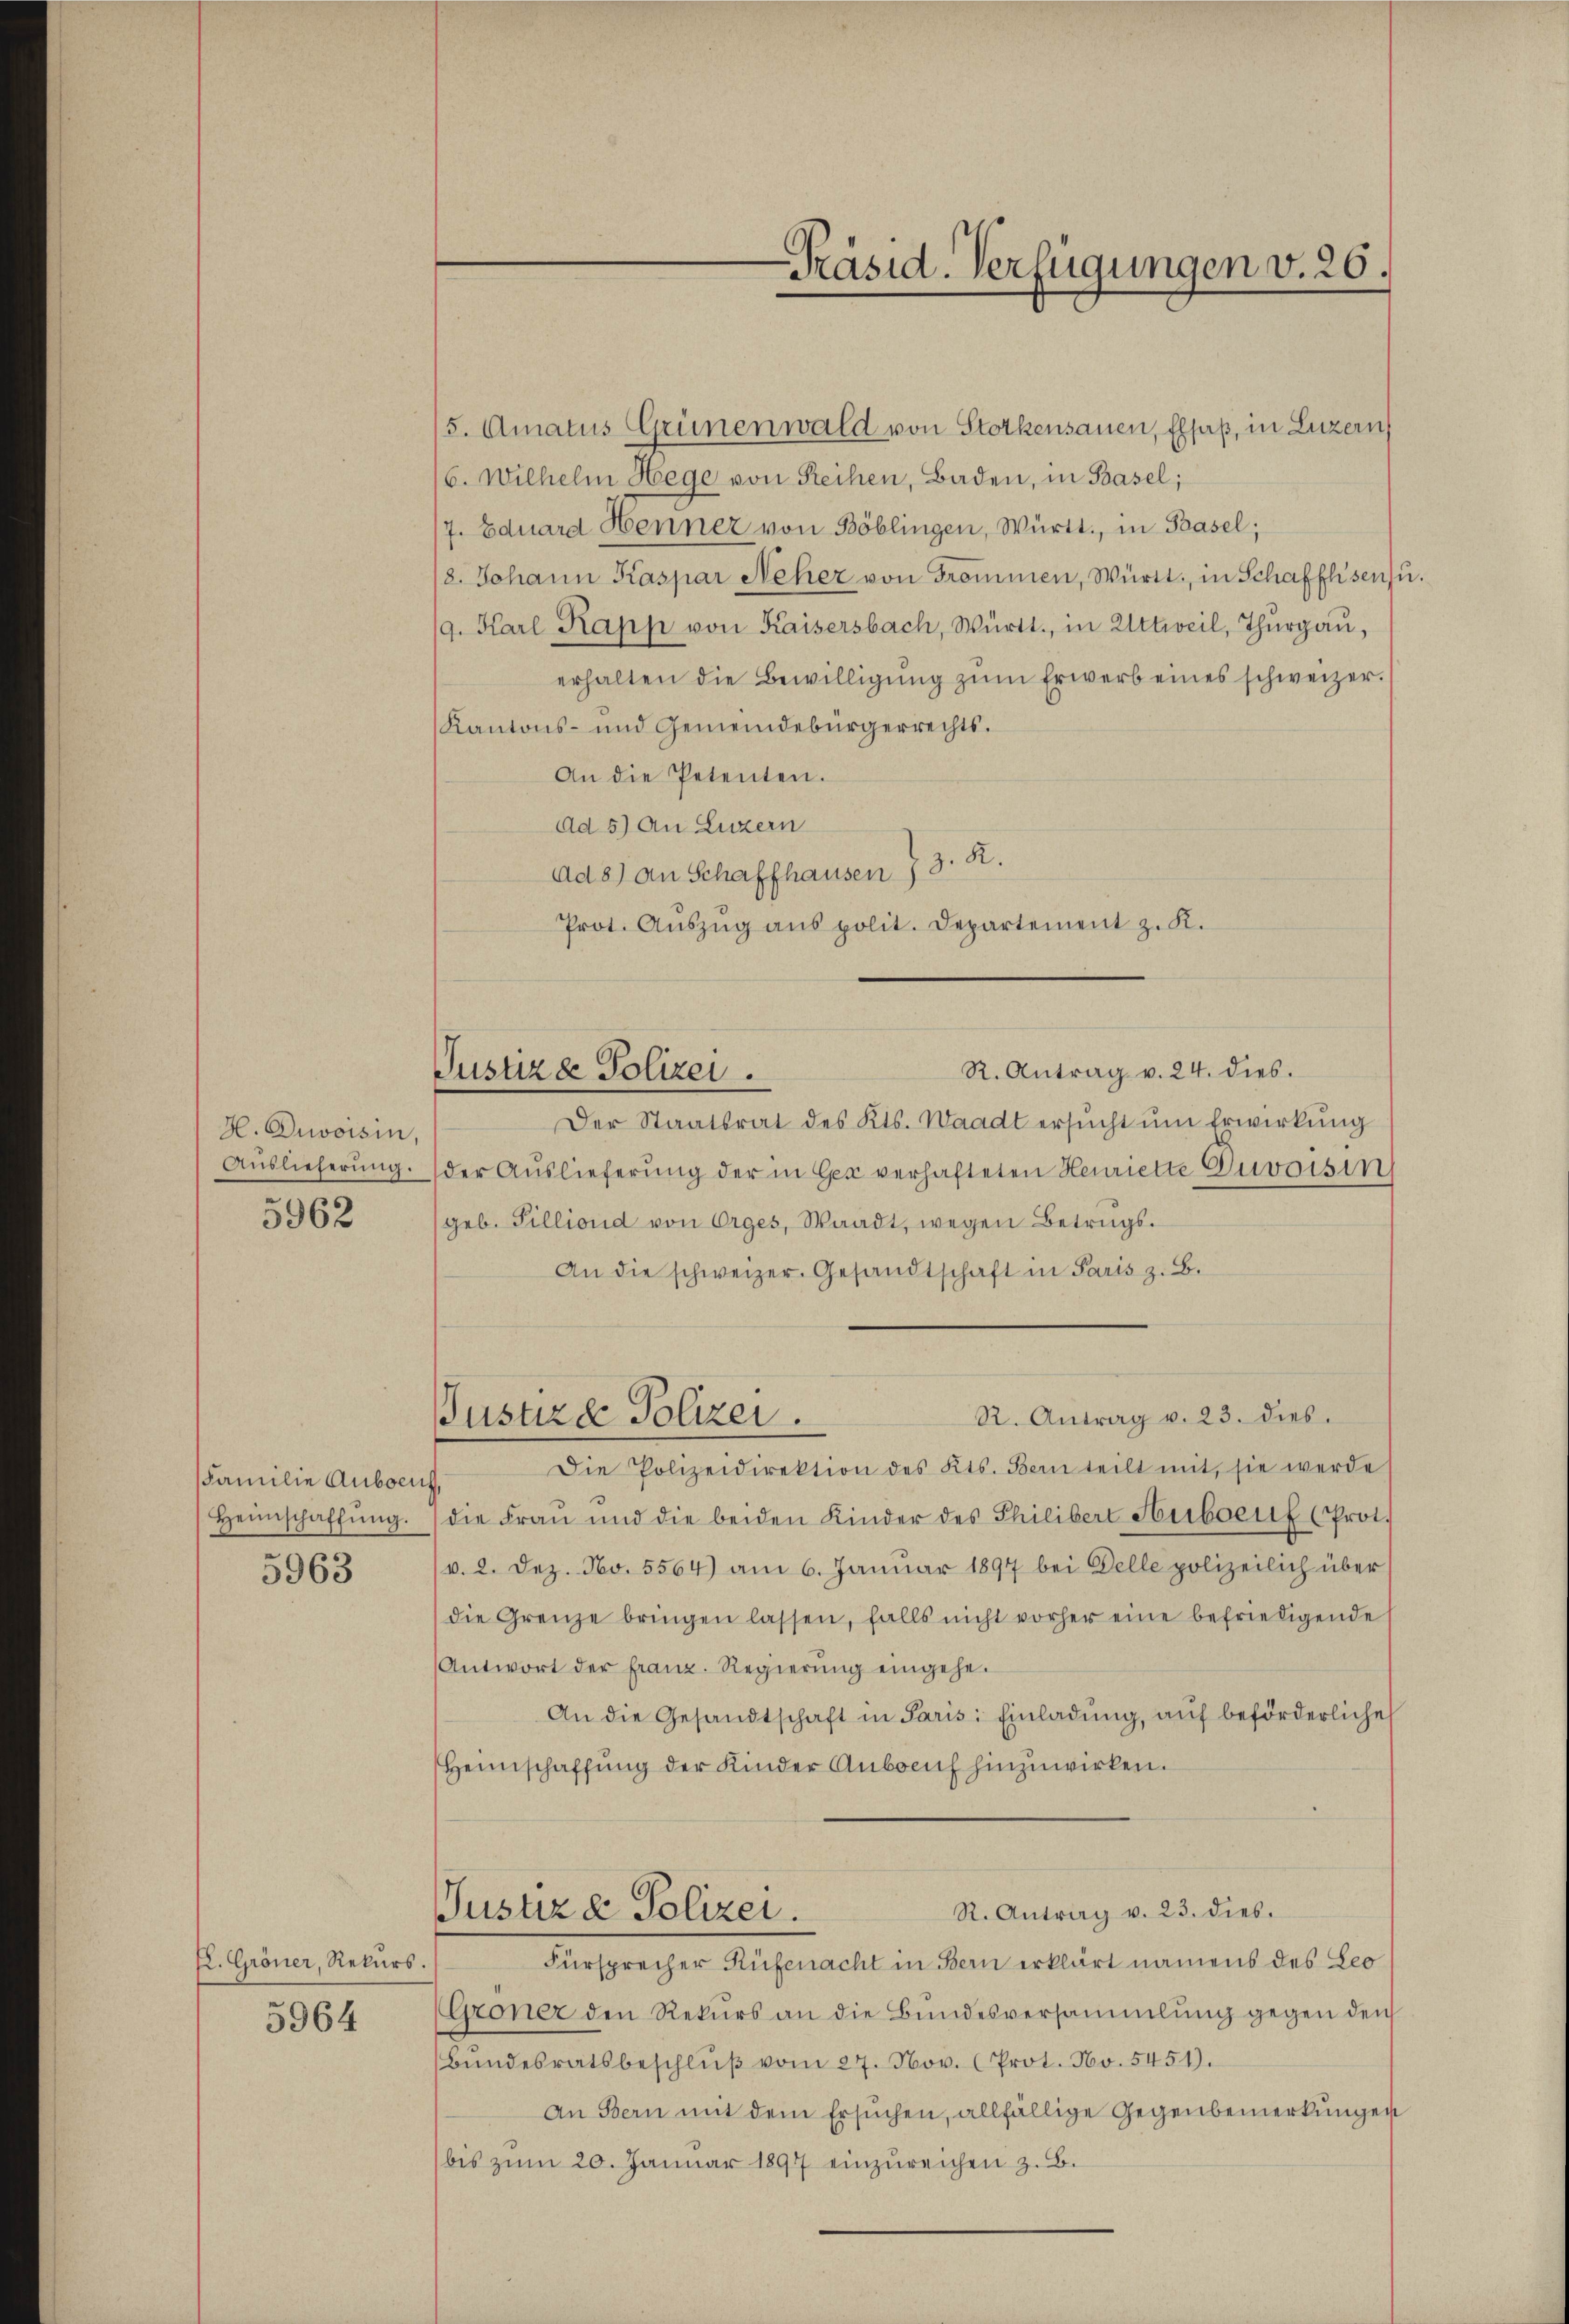
H. Divoisin,
Auslieferung.

5962

5963

Familie Auboen
Heimschaffŭng.

K. Gröner, Rekurs.
5964

Justiza Polizei.

15. Amatus Grünenwald von Stockensauen, Elsaß, in Luzern
(6. Wilhelm Hege von Rechen, Baden, in Basel;
7. Eduard Henner von Böblingen, Württ., in Basel;
/8. Johann Kaspar Neher von Frommen, Württ. in Schaffhsen zu
/9. Karl Kapp von Kaisersbach, Württ., in Uttweil, Thŭrgaŭ,
erhalten die Bewilligŭng zŭm Erwerb eines schweizer.
Kantons- und Gemeindebürgerrechts.
An die Petenten.
Ad 5) An Luzern
Ad 8) an Schaffhausen 7 3. R.
Prot. Aŭszŭg aŭs polit. Departement z. K.
R. Antrag v. 24. dies.
Der Staatsrat des Kts. Waadt ersŭcht ŭm Erwirkŭng
der Auslieferung der in Her verhafteten Henriette Guvoisin
geb. Gilliond von Orges, Waadt, wegen Betrags¬
An die schweizer. Gesandtschaft in Paris z. B.
R. Antrag v. 23. dies
Justiz & Polizei.
Die Polizeidirektion des Kts. Bern teilt mit, sie werde
die Frau und die beiden Kinder des Philibert Heiboenf (Prot.
v. 2. Dez. No. 5564) am 6. Januar 1897 bei Delle polizeilich über
die Grenze bringen lassen, falls nicht vorher eine befriedigende
Antwort der franz. Regierŭng eingehe.
An die Gesandtschaft in Paris: Einladung, auf beförderliche
Heimschaffung der Kinder Anbaeuf hinzuwirken.
R. Antrag v. 23. dies.
Justiz & Polizei.
Fürsprecher Rüfenacht in Bern erklärt namens des Leo
Groner den Rekurs an die Bundesversammlung gegen den
Bŭndesratsbeschlŭβ vom 27. Nov. (Prot. No. 5451).
An Bern mit dem Ersuchen, allfällige Gegenbemerkungen
bis zŭm 20. Januar 1897 einzŭreichen z. B.

-Präsid. Verfügungen v. 26.